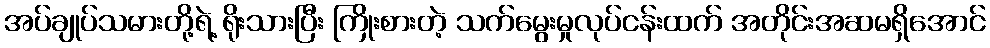
အပ်ချုပ်သမားတို့ရဲ့ ရိုးသားပြီး ကြိုးစားတဲ့ သက်မွေးမှုလုပ်ငန်းထက် အတိုင်းအဆမရှိအောင်